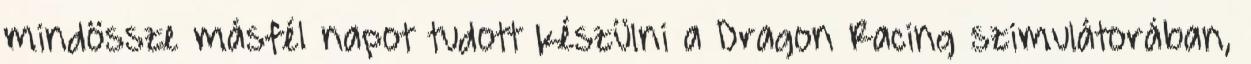
mindössze másfél napot tudott készülni a Dragon Racing szimulátorában,